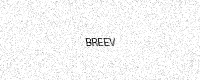
Text: BREEV